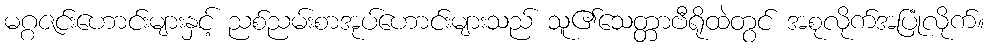
မဂ္ဂဇင်းဟောင်းများနှင့် ညစ်ညမ်းစာအုပ်ဟောင်းများသည် သူ၏သေတ္တာဗီရိုထဲတွင် အစုလိုက်အပြုံလိုက်။